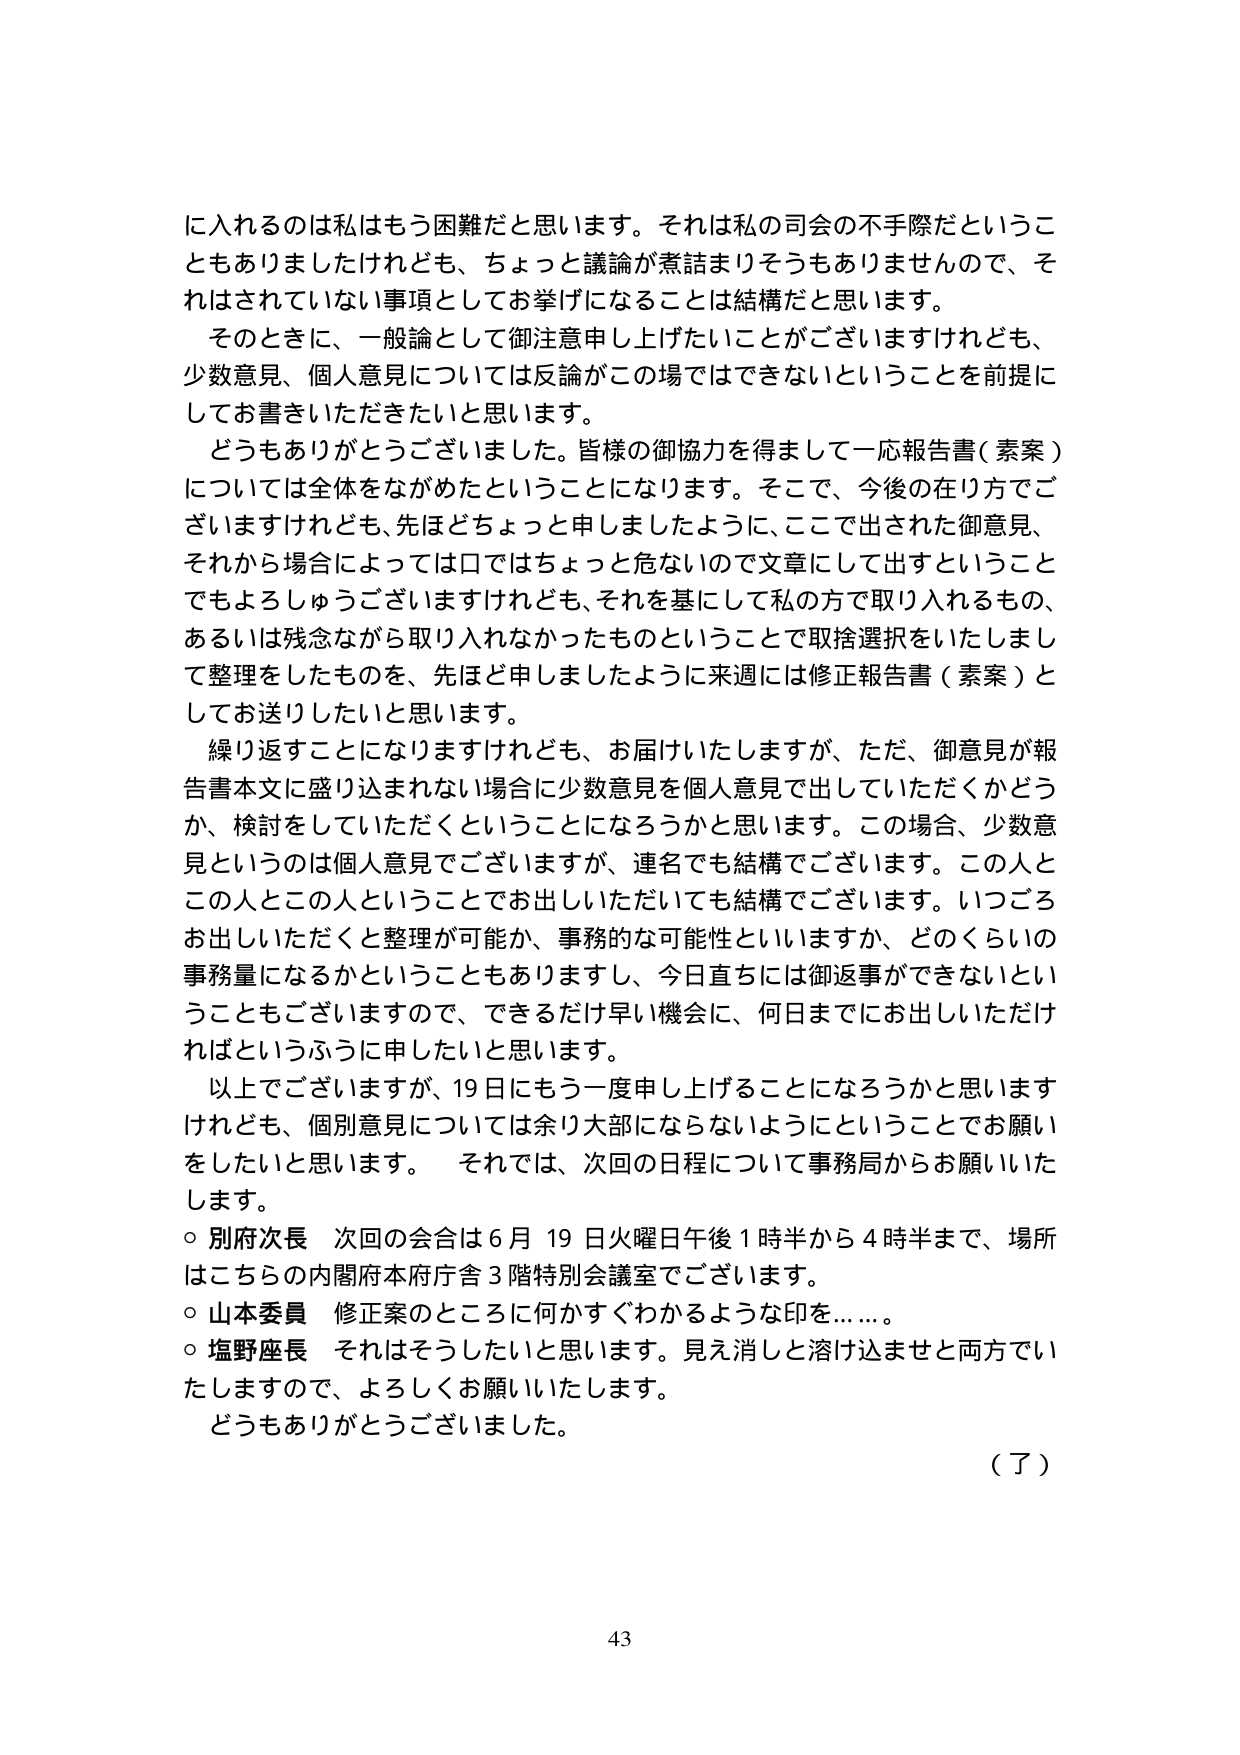
に入れるのは私はもう困難だと思います。それは私の司会の不手際だということもありましたけれども、ちょっと議論が煮詰まりそうもありませんので、それはされていない事項としてお挙げになることは結構だと思います。

そのときに、一般論として御注意申し上げたいことがございますけれども、少数意見、個人意見については反論がこの場ではできないということを前提にしてお書きいただきたいと思います。

どうもありがとうございました。皆様の御協力を得まして一応報告書（素案）については全体をながめたということになります。そこで、今後の在り方でございますけれども、先ほどちょっと申しましたように、ここで出された御意見、それから場合によっては口ではちょっと危ないので文章にして出すということでもよろしうございますけれども、それを基にして私の方で取り入れるもの、あるいは残念ながら取り入れなかったものということで取捨選択をいたしまして整理をしたものを、先ほど申しましたように来週には修正報告書（素案）としてお送りしたいと思います。

繰り返すことになりますけれども、お届けいたしますが、ただ、御意見が報告書本文に盛り込まれない場合に少数意見を個人意見で出していただくかどうか、検討をしていただくということになるろうかと思います。この場合、少数意見というのは個人意見でございますが、連名でも結構でございます。この人とこの人とこの人ということでお出しいただいても結構でございます。いつごろお出しいただくと整理が可能か、事務的な可能性といいますか、どのくらいの事務量になるかということもありますし、今日直ちには御返事ができないということもございますので、できるだけ早い機会に、何日までにお出しいただければというふうに申ししたいと思います。

以上でございますが、19日にもう一度申し上げることになろうかと思いますけれども、個別意見については余り大部にならないようにということでお願いをしたいと思います。 それでは、次回の日程について事務局からお願いいたします。

○ 別府次長 次回の会合は6月19日火曜日午後1時半から4時半まで、場所はこちらの内閣府本府庁舎3階特別会議室でございます。

○ 山本委員 修正案のところに何かすぐわかるような印を……。

○ 塩野座長 それはそうしたいと思います。見え消しと溶け込ませと両方でいたしますので、よろしくお願いいたします。

どうもありがとうございました。

（了）

43